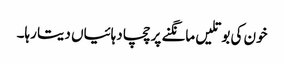
خون کی بوتلیں مانگنے پر چچا دہائیاں دیتا رہا۔